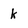
Character: k